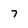
Character: 7